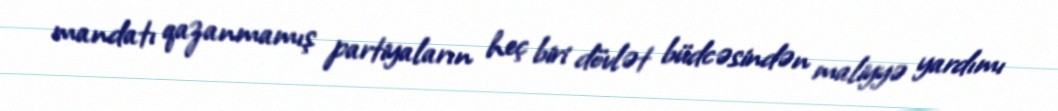
mandatı qazanmamış partiyaların heç biri dövlət büdcəsindən maliyyə yardımı